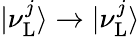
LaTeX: |\nu_{\mathrm{L}}^{j}\rangle\to|\nu_{\mathrm{L}}^{j}\rangle